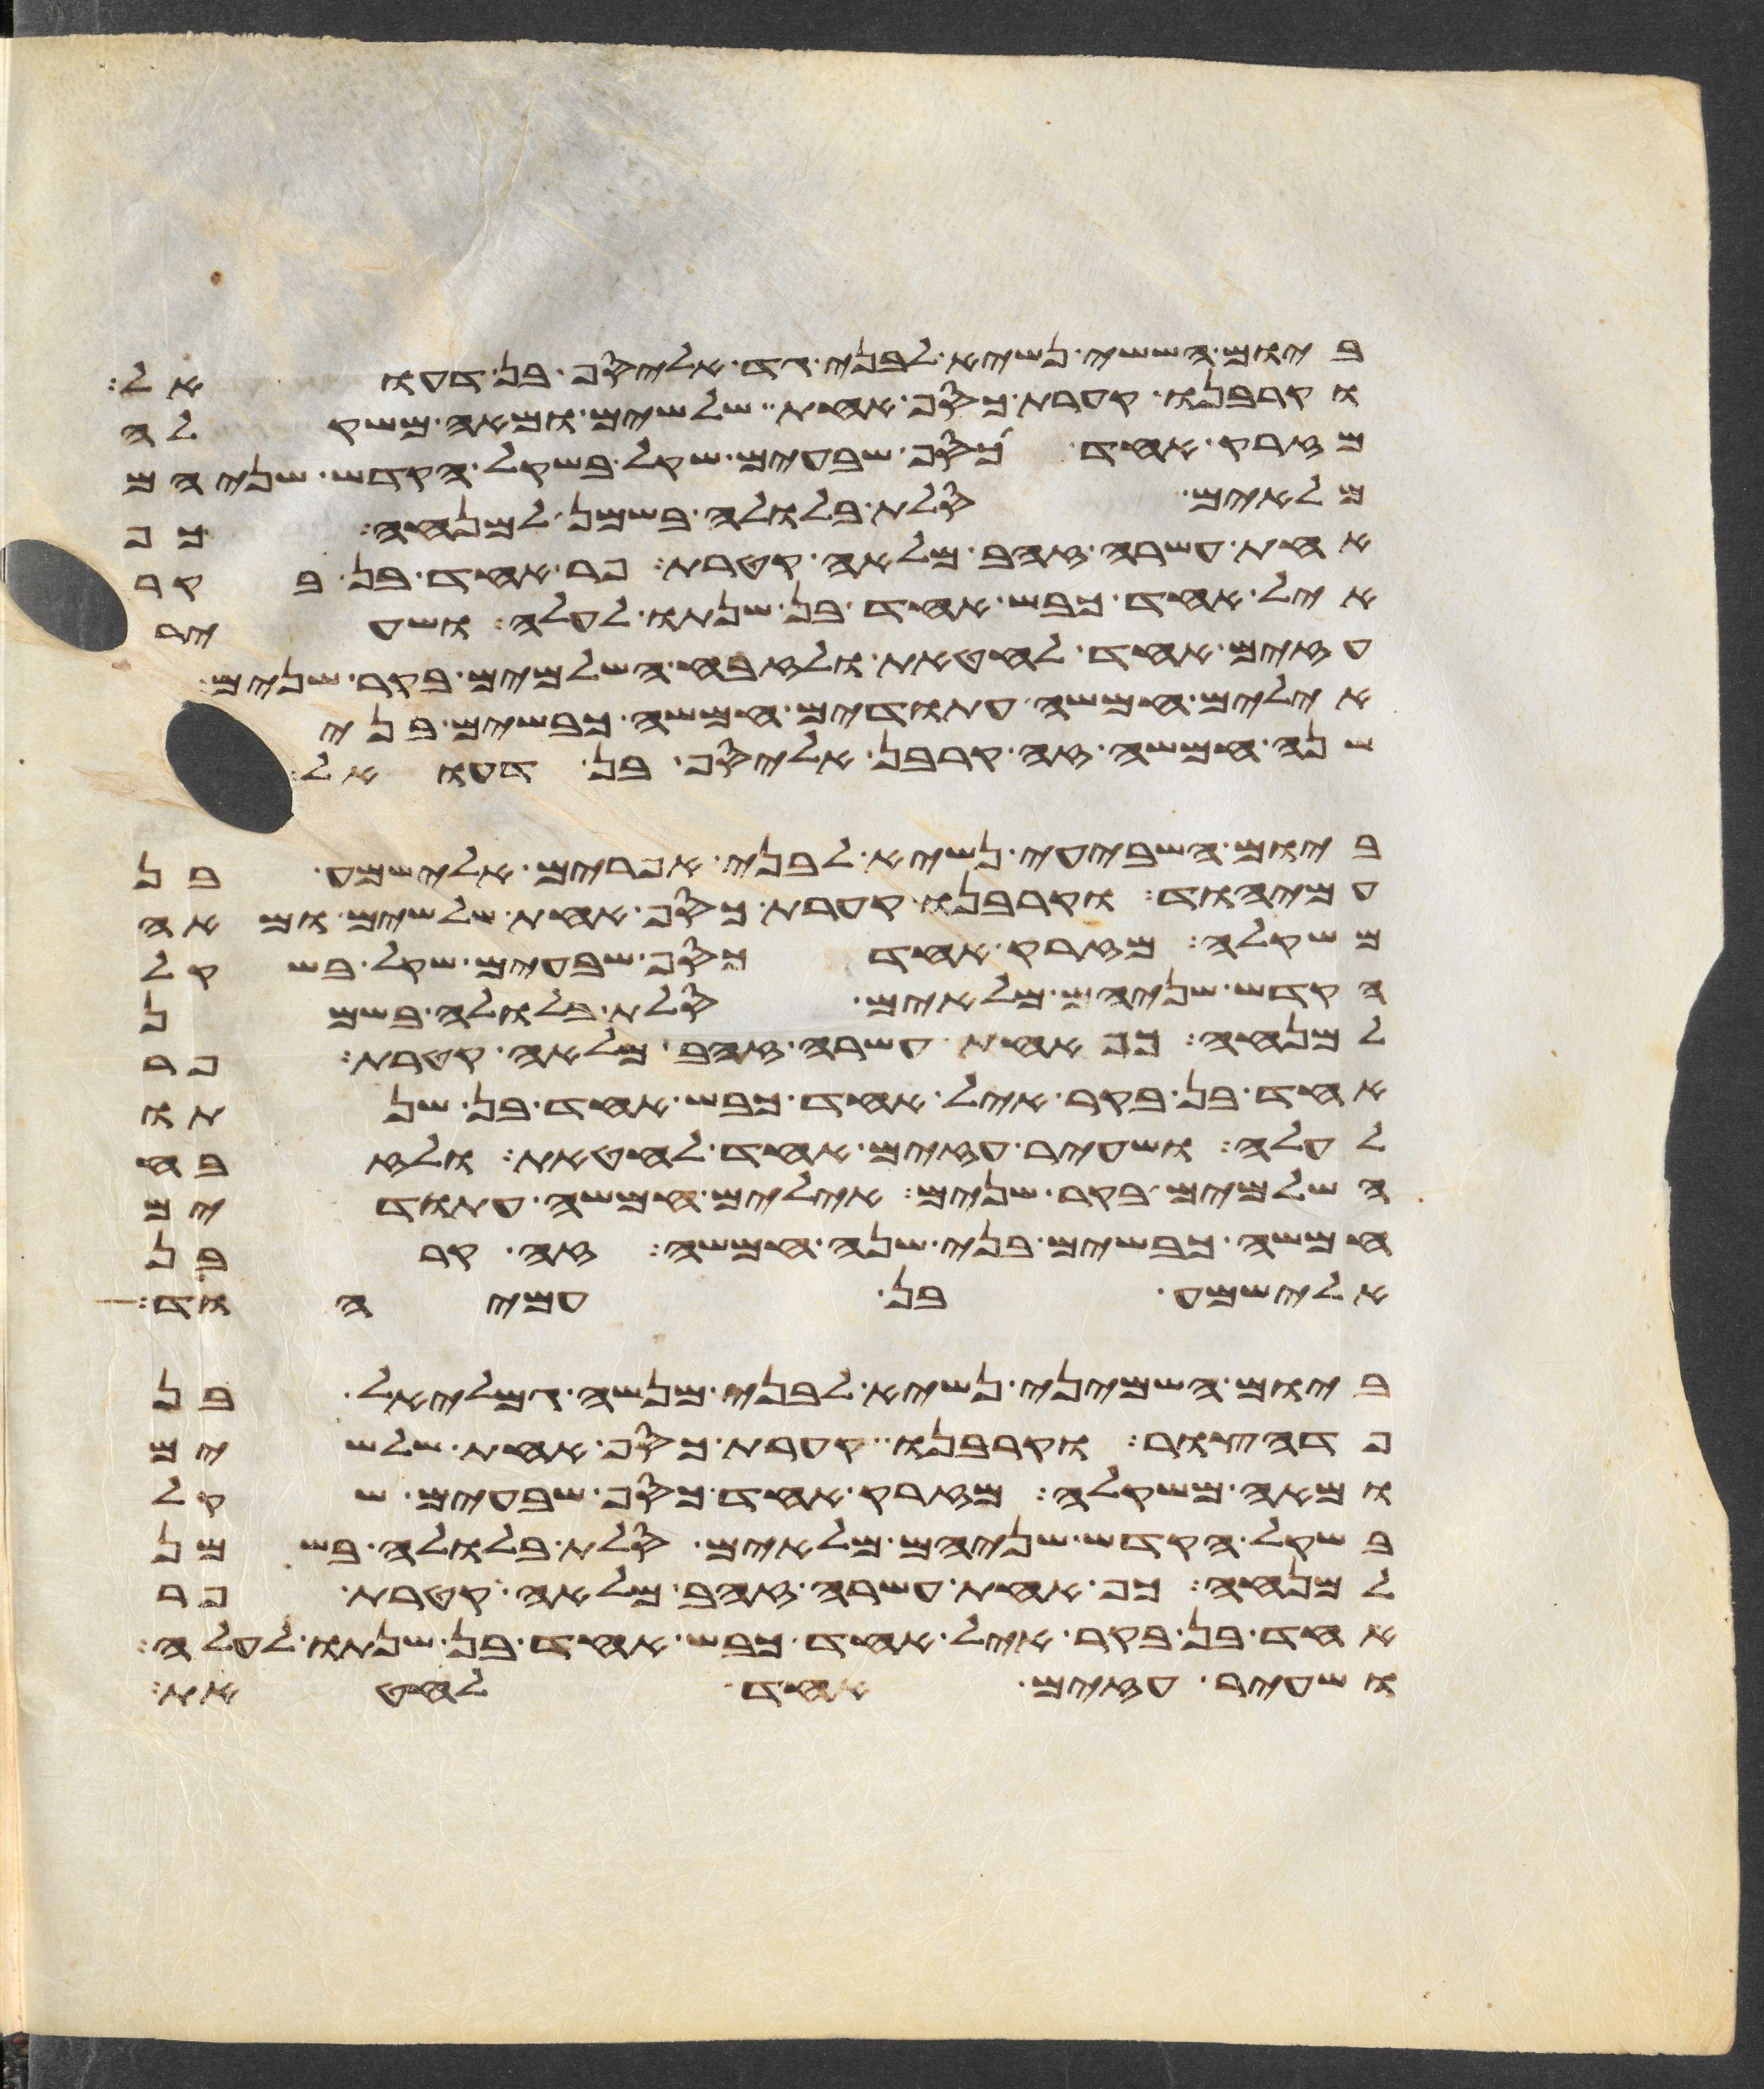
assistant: ביום הששי נשיא לבני גד אליסף בן דעואל
וקרבנו קערת כסף אחת שלשים ומאה משקלה
מזרק אחד כסף שבעים שקל בשקל הקדש שניהם
מלאים סלת בלולה בשמן למנחה כף
אחת עשרה זהב מלאה קטרת פר אחד בן בקר
איל אחד כבש אחד בן שנתו לעלה ושעיר
עזים אחד לחטאת ולזבח השלמים בקר שנים
אילים חמשה עתודים חמשה כבשים בני
שנה חמשה זה קרבן אליסף בן דעואל
ביום השביעי נשיא לבני אפרים אלישמע בן
עמיהוד וקרבנו קערת כסף אחת שלשים ומאה
משקלה מזרק אחד כסף שבעים שקל בשקל
הקדש שניהם מלאים סלת בלולה בשמן
למנחה כף אחת עשרה זהב מלאה קטרת פר
אחד בן בקר איל אחד כבש אחד בן שנתו
לעלה ושעיר עזים אחד לחטאת ולזבח
השלמים בקר שנים אילים חמשה עתודים
חמשה כבשים בני שנה חמשה זה קרבן
אלישמע בן עמיהוד
ביום השמיני נשיא לבני מנשה גמלאל בן
פדהצור וקרבנו קערת כסף אחת שלשים
ומאה משקלה מזרק אחד כסף שבעים שקל
בשקל הקדש שניהם מלאים סלת בלולה בשמן
למנחה כף אחת עשרה זהב מלאה קטרת פר
אחד בן בקר איל אחד כבש אחד בן שנתו לעלה
ושעיר עזים אחד לחטאת